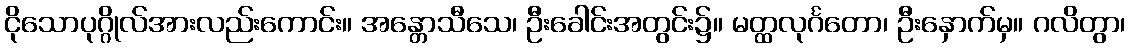
ငိုသောပုဂ္ဂိုလ်အားလည်းကောင်း။ အန္တောသီသေ၊ ဦးခေါင်းအတွင်း၌။ မတ္ထလုင်္ဂတော၊ ဦးနှောက်မှ။ ဂလိတွာ၊